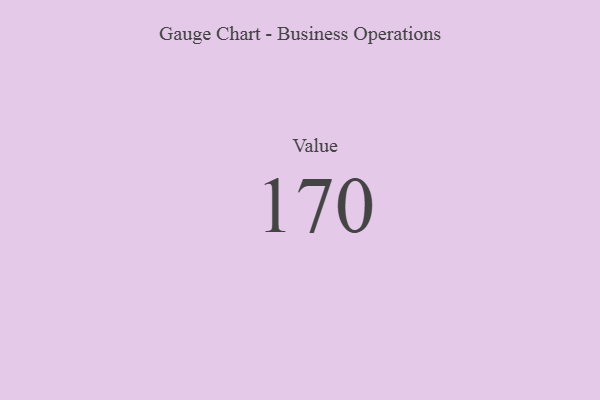
{"axis": {"x": "Metric", "y": "Value"}, "legend": [""], "data": [{"x": "Value", "y": 170, "type": ""}]}